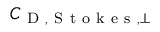
C _ { \mathrm { ~ D ~ , ~ S ~ t ~ o ~ k ~ e ~ s ~ } , \perp }